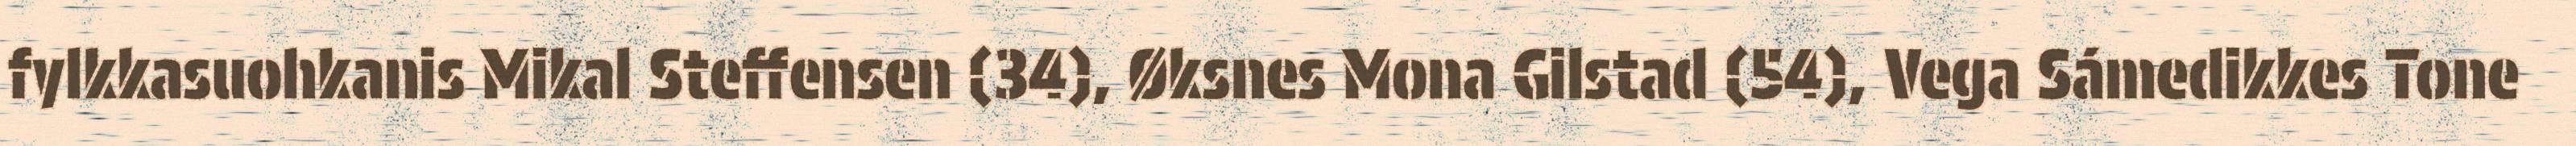
fylkkasuohkanis Mikal Steffensen (34), Øksnes Mona Gilstad (54), Vega Sámedikkes Tone